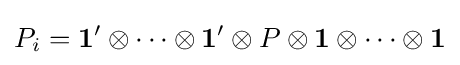
P_{i}={\mathbf {1} }'\otimes \dots \otimes {\mathbf {1} }'\otimes P\otimes {\mathbf {1} }\otimes \dots \otimes {\mathbf {1} }